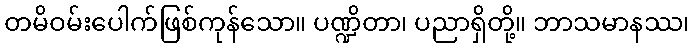
တမိဝမ်းပေါက်ဖြစ်ကုန်သော။ ပဏ္ဍိတာ၊ ပညာရှိတို့။ ဘာသမာနဿ၊